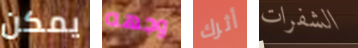
يمكن وجهه أثرك الشفرات